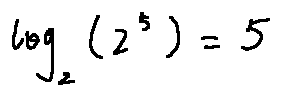
\log _ { 2 } ( 2 ^ { 5 } ) = 5